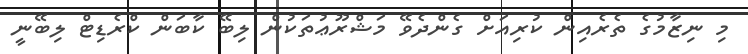
މި ނިޒާމުގެ ތެރެއިން ކުރިއަށް ގެންދެވޭ މަޝްރޫޢުތަކުން ލިބޭ ކާބަން ކްރެޑިޓް ލިބޭނީ